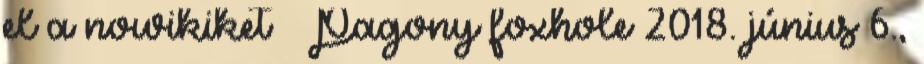
el a nowikiket – Pagony foxhole 2018. június 6.,